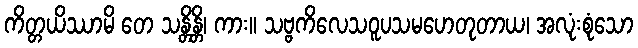
ကိတ္တယိဿာမိ တေ သန္တိန္တိ၊ ကား။ သဗ္ဗကိလေသဝူပသမဟေတုတာယ၊ အလုံးစုံသော